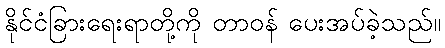
နိုင်ငံခြားရေးရာတို့ကို တာဝန် ပေးအပ်ခဲ့သည်။